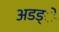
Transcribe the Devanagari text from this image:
अडड्े